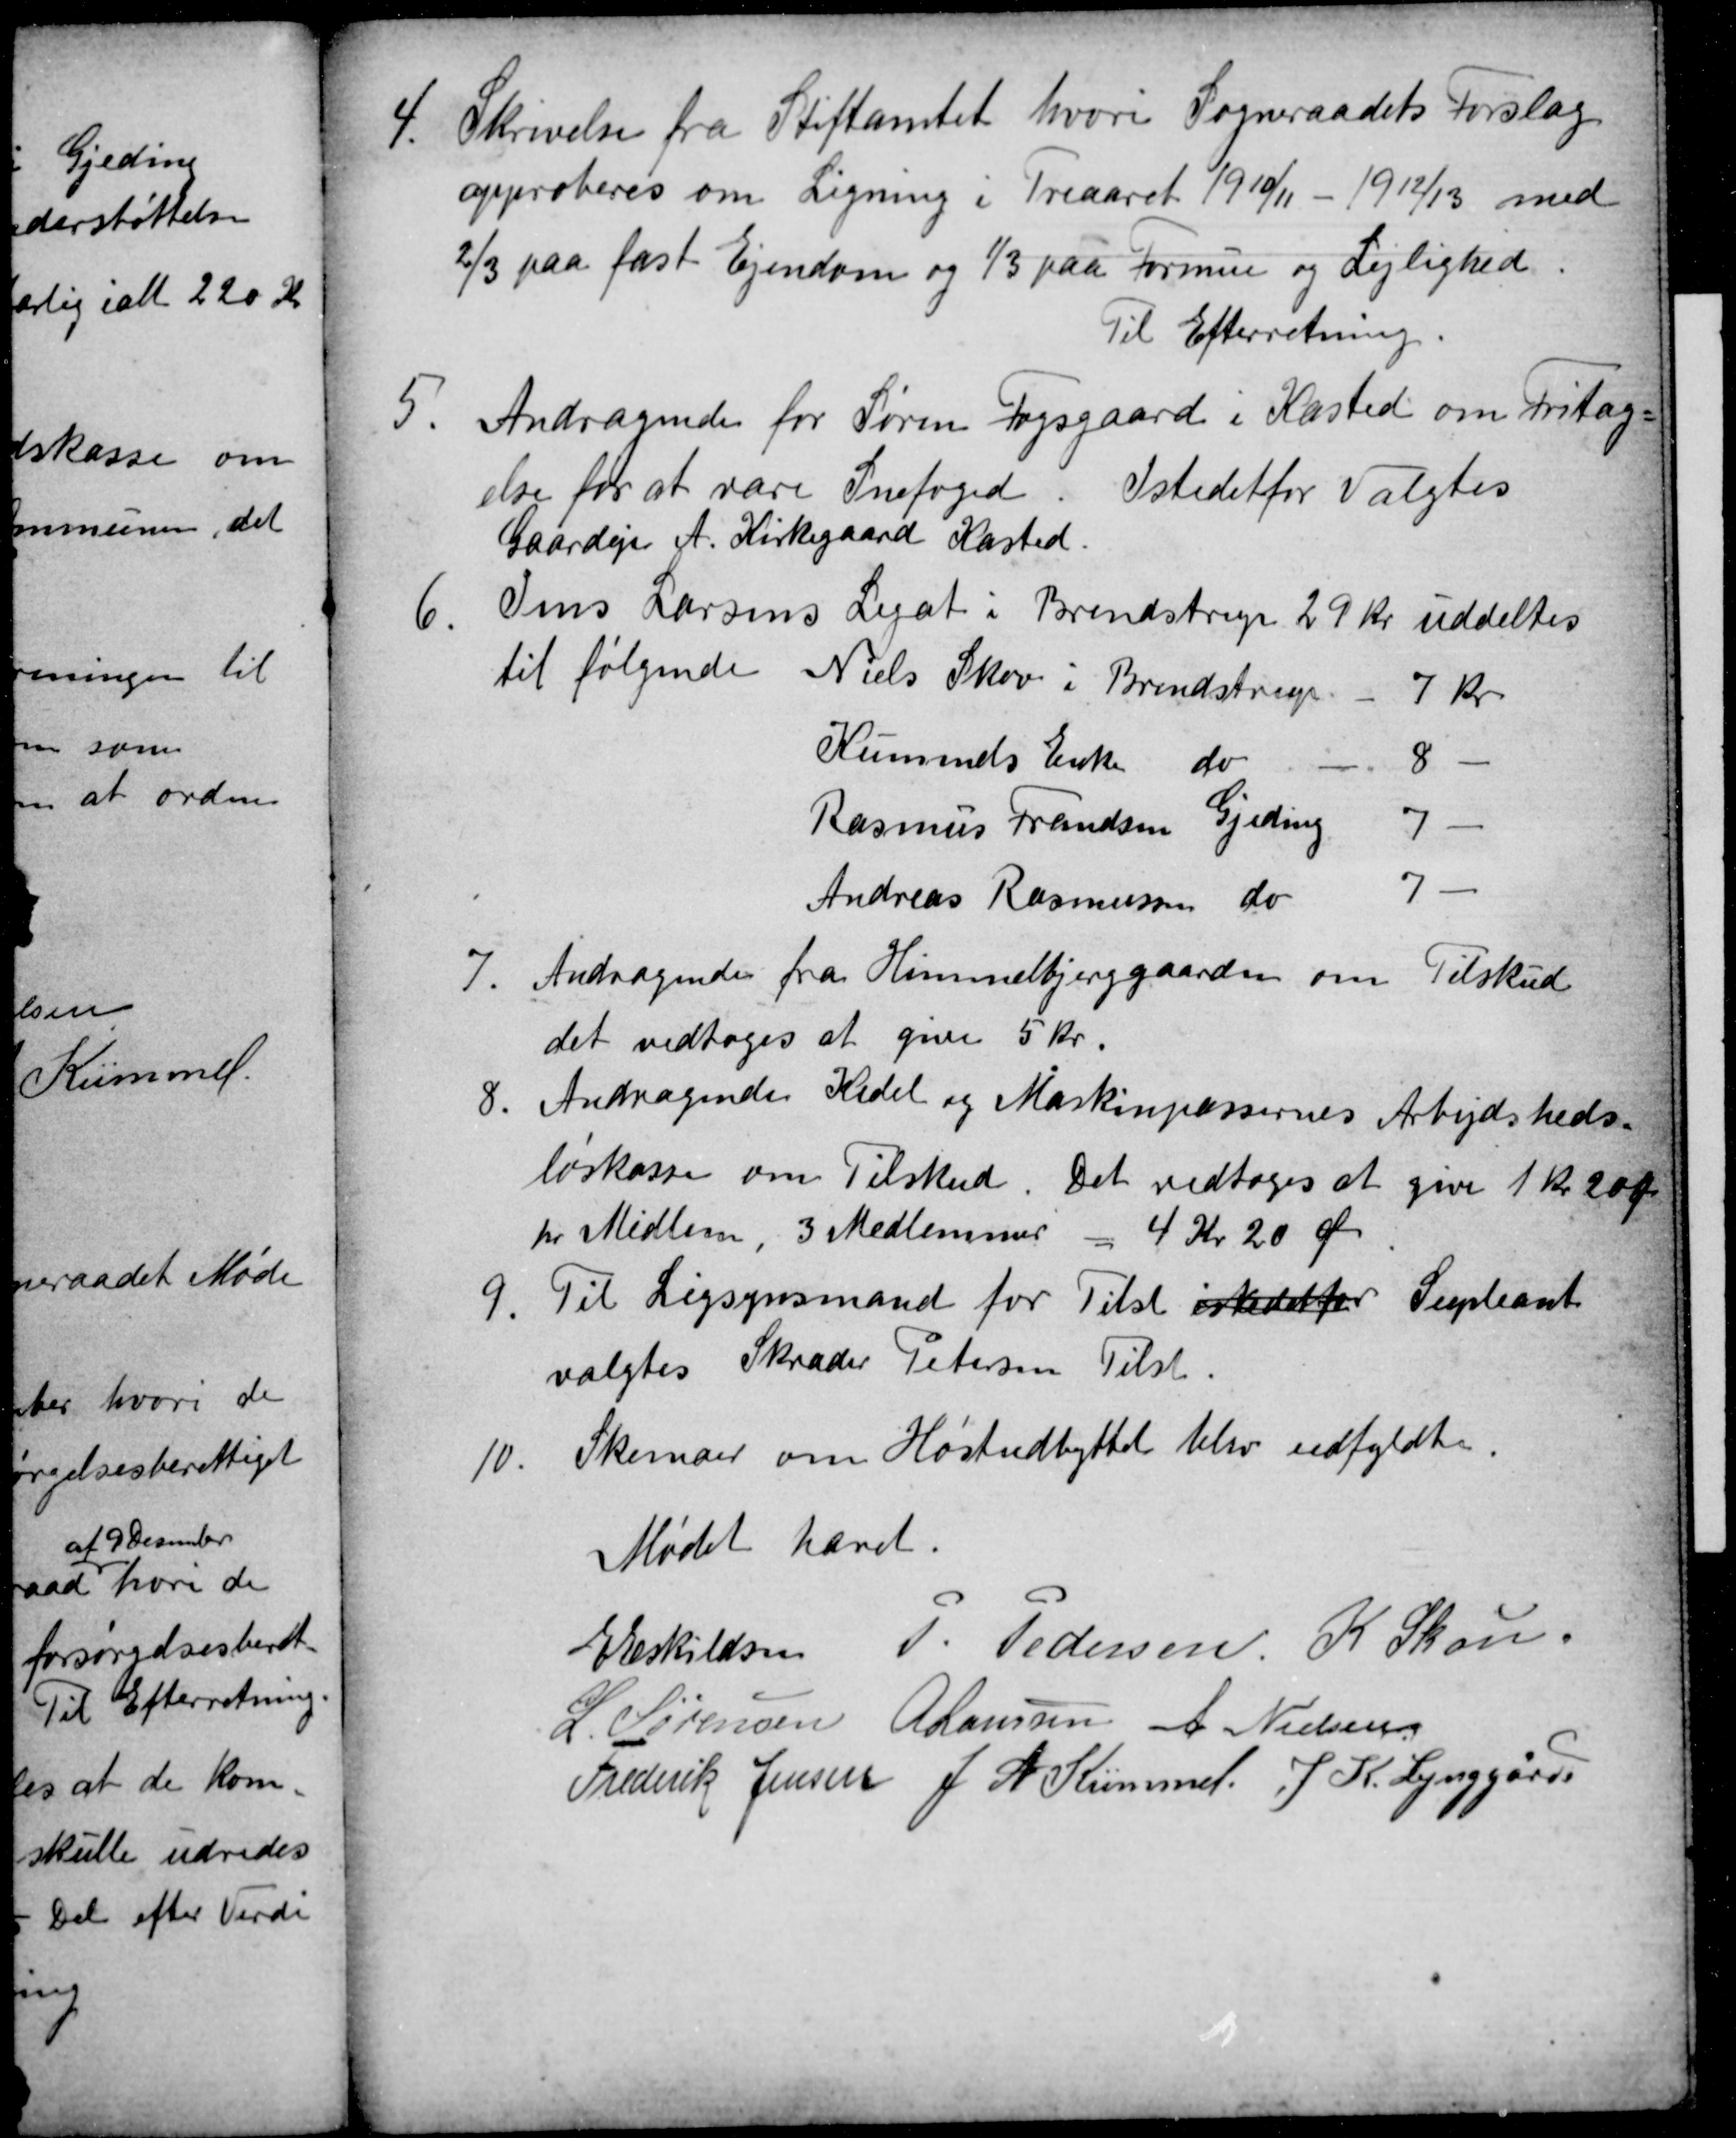
Transskription:
4.
Skrivelse fra Stiftamtet hvori Sogneraadets Forslag
approberes om Ligning i Treaaret 1910/11 - 1912/13 med
⅔ paa fast Ejendom og ⅓ paa Formue og Lejlighed.
Til Efterretning.
5.
Andragende for Søren Fogsgaard i Kasted om Fritag=
else for at være Snefoged. Istedetfor Valgtes
Gaardejer A. Kirkegaard Kasted.
6.
Jens Larsens Legat i Brendstrup 29 Kr uddeltes
til følgende 
Niels Skov i Brendstrup
7 Kr
Kümmels Enke do
8
Rasmus Frandsen Gjeding
7
Andreas Rasmussen do
7
7
Andragende fra Himmelbjerggaarden om Tilskud
det vedtoges at give 5 kr.
8
Andragende Kedel og Maskinpassernes Arbhejds-
løshedskasse om Tilskud. Det vedtoges at give 1 kr 20 Øre
pr Medlem, 3 Medlemmer = 4 Kr 20 Øre
9
Til Ligsynsmand for Tilst istedetfor Supleant
valgtes Skræder Petersen Tilst.
10
Skemaer om Høstudbyttet blev udfyldte.
Mødet hævet.
E Eskildsen P. Pedersen K. Skou
L. Sørensen A Laursen A Nielsen
Frederik Jensen J. A. Kümmel. J. K. Lynggård